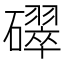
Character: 𥖮